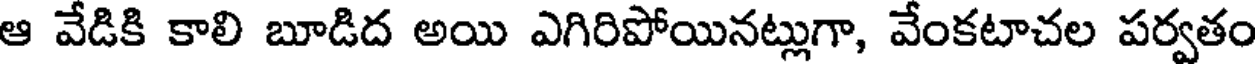
ఆ వేడికి కాలి బూడిద అయి ఎగిరిపోయినట్లుగా, వేంకటాచల పర్వతం